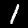
Digit: 1